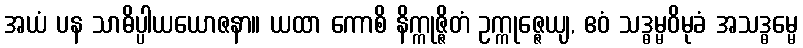
အယံ ပန သာဓိပ္ပါယယောဇနာ။ ယထာ ကောစိ နိက္ကုဇ္ဇိတံ ဥက္ကုဇ္ဇေယျ, ဧဝံ သဒ္ဓမ္မဝိမုခံ အသဒ္ဓမ္မေ